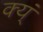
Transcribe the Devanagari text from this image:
क्य्ं